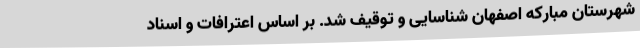
شهرستان مبارکه اصفهان شناسایی و توقیف شد. بر اساس اعترافات و اسناد